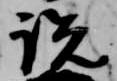
説